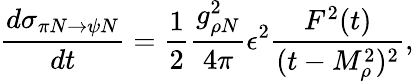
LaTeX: {\frac{d\sigma_{\pi N\to\psi N}}{dt}}={\frac{1}{2}}{\frac{g_{\rho N}^{2}}{4\pi}}\epsilon^{2}{\frac{F^{2}(t)}{(t-M_{\rho}^{2})^{2}}},